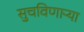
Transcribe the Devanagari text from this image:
सुचविणाऱ्या